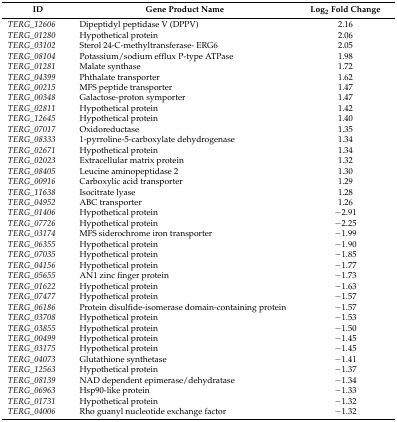
<table><thead><tr><td><b>ID</b></td><td><b>Gene Product Name</b></td><td><b>Log<sub>2</sub> Fold Change</b></td></tr></thead><tbody><tr><td><i>TERG_12606</i></td><td>Dipeptidyl peptidase V (DPPV)</td><td>2.16</td></tr><tr><td><i>TERG_01280</i></td><td>Hypothetical protein </td><td>2.06</td></tr><tr><td><i>TERG_03102</i></td><td>Sterol 24-C-methyltransferase- ERG6</td><td>2.05</td></tr><tr><td><i>TERG_08104</i></td><td>Potassium/sodium efflux P-type ATPase</td><td>1.98</td></tr><tr><td><i>TERG_01281</i></td><td>Malate synthase</td><td>1.72</td></tr><tr><td><i>TERG_04399</i></td><td>Phthalate transporter</td><td>1.62</td></tr><tr><td><i>TERG_00215</i></td><td>MFS peptide transporter</td><td>1.47</td></tr><tr><td><i>TERG_00348</i></td><td>Galactose-proton symporter</td><td>1.47</td></tr><tr><td><i>TERG_02811</i></td><td>Hypothetical protein </td><td>1.42</td></tr><tr><td><i>TERG_12645</i></td><td>Hypothetical protein</td><td>1.40</td></tr><tr><td><i>TERG_07017</i></td><td>Oxidoreductase</td><td>1.35</td></tr><tr><td><i>TERG_08333</i></td><td>1-pyrroline-5-carboxylate dehydrogenase</td><td>1.34</td></tr><tr><td><i>TERG_02671</i></td><td>Hypothetical protein</td><td>1.34</td></tr><tr><td><i>TERG_02023</i></td><td>Extracellular matrix protein</td><td>1.32</td></tr><tr><td><i>TERG_08405</i></td><td>Leucine aminopeptidase 2</td><td>1.30</td></tr><tr><td><i>TERG_00916</i></td><td>Carboxylic acid transporter</td><td>1.29</td></tr><tr><td><i>TERG_11638</i></td><td>Isocitrate lyase</td><td>1.28</td></tr><tr><td><i>TERG_04952</i></td><td>ABC transporter</td><td>1.26</td></tr><tr><td><i>TERG_01406</i></td><td>Hypothetical protein </td><td>−2.91</td></tr><tr><td><i>TERG_07726</i></td><td>Hypothetical protein</td><td>−2.25</td></tr><tr><td><i>TERG_03174</i></td><td>MFS siderochrome iron transporter</td><td>−1.99</td></tr><tr><td><i>TERG_06355</i></td><td>Hypothetical protein </td><td>−1.90</td></tr><tr><td><i>TERG_07035</i></td><td>Hypothetical protein</td><td>−1.85</td></tr><tr><td><i>TERG_04156</i></td><td>Hypothetical protein</td><td>−1.77</td></tr><tr><td><i>TERG_05655</i></td><td>AN1 zinc finger protein</td><td>−1.73</td></tr><tr><td><i>TERG_01622</i></td><td>Hypothetical protein</td><td>−1.63</td></tr><tr><td><i>TERG_07477</i></td><td>Hypothetical protein </td><td>−1.57</td></tr><tr><td><i>TERG_06186</i></td><td>Protein disulfide-isomerase domain-containing protein</td><td>−1.57</td></tr><tr><td><i>TERG_03708</i></td><td>Hypothetical protein </td><td>−1.53</td></tr><tr><td><i>TERG_03855</i></td><td>Hypothetical protein </td><td>−1.50</td></tr><tr><td><i>TERG_00499</i></td><td>Hypothetical protein</td><td>−1.45</td></tr><tr><td><i>TERG_03175</i></td><td>Hypothetical protein </td><td>−1.45</td></tr><tr><td><i>TERG_04073</i></td><td>Glutathione synthetase</td><td>−1.41</td></tr><tr><td><i>TERG_12563</i></td><td>Hypothetical protein</td><td>−1.37</td></tr><tr><td><i>TERG_08139</i></td><td>NAD dependent epimerase/dehydratase</td><td>−1.34</td></tr><tr><td><i>TERG_06963</i></td><td>Hsp90-like protein</td><td>−1.33</td></tr><tr><td><i>TERG_01731</i></td><td>Hypothetical protein</td><td>−1.32</td></tr><tr><td><i>TERG_04006</i></td><td>Rho guanyl nucleotide exchange factor</td><td>−1.32</td></tr></tbody></table>